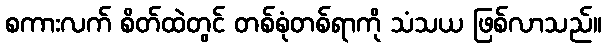
စကားလက် စိတ်ထဲတွင် တစ်စုံတစ်ရာကို သံသယ ဖြစ်လာသည်။